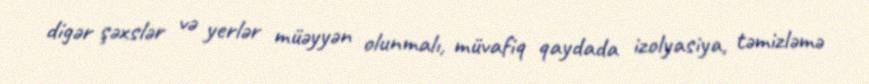
digər şəxslər və yerlər müəyyən olunmalı, müvafiq qaydada izolyasiya, təmizləmə